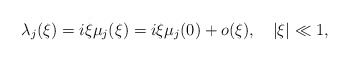
\begin{align*}\lambda_j(\xi)=i\xi\mu_j(\xi)=i\xi\mu_j(0)+o(\xi),~~~|\xi|\ll 1,\end{align*}